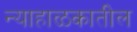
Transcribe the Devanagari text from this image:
न्याहाळकातील